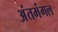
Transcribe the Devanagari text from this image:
अंतमंगल